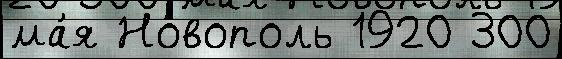
ма́я Новополь 1920 300